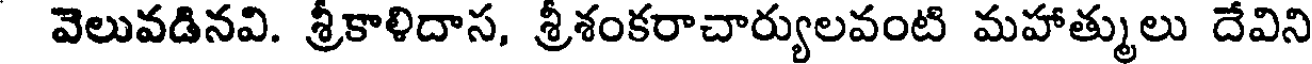
వెలువడినవి. శ్రీకాళిదాస, శ్రీశంకరాచార్యులవంటి మహాత్ములు దేవిని